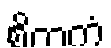
စိတကံ